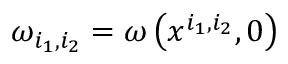
\omega _ { i _ { 1 } , i _ { 2 } } = \omega \left( x ^ { i _ { 1 } , i _ { 2 } } , 0 \right)